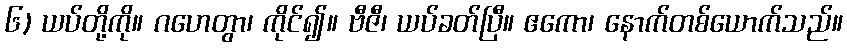
၆) ယပ်တို့ကို။ ဂဟေတွာ၊ ကိုင်၍။ ဗီဇီ၊ ယပ်ခတ်ပြီ။ ဧကော၊ နောက်တစ်ယောက်သည်။